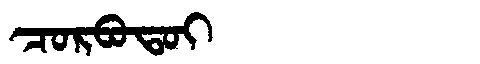
Manchu: ᠴᠣᡵᠪᠣᡨᠣᡳ
Romanization: CORBOTOI